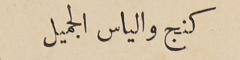
كنج والياس الجميل